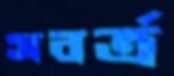
সবর্ত্র